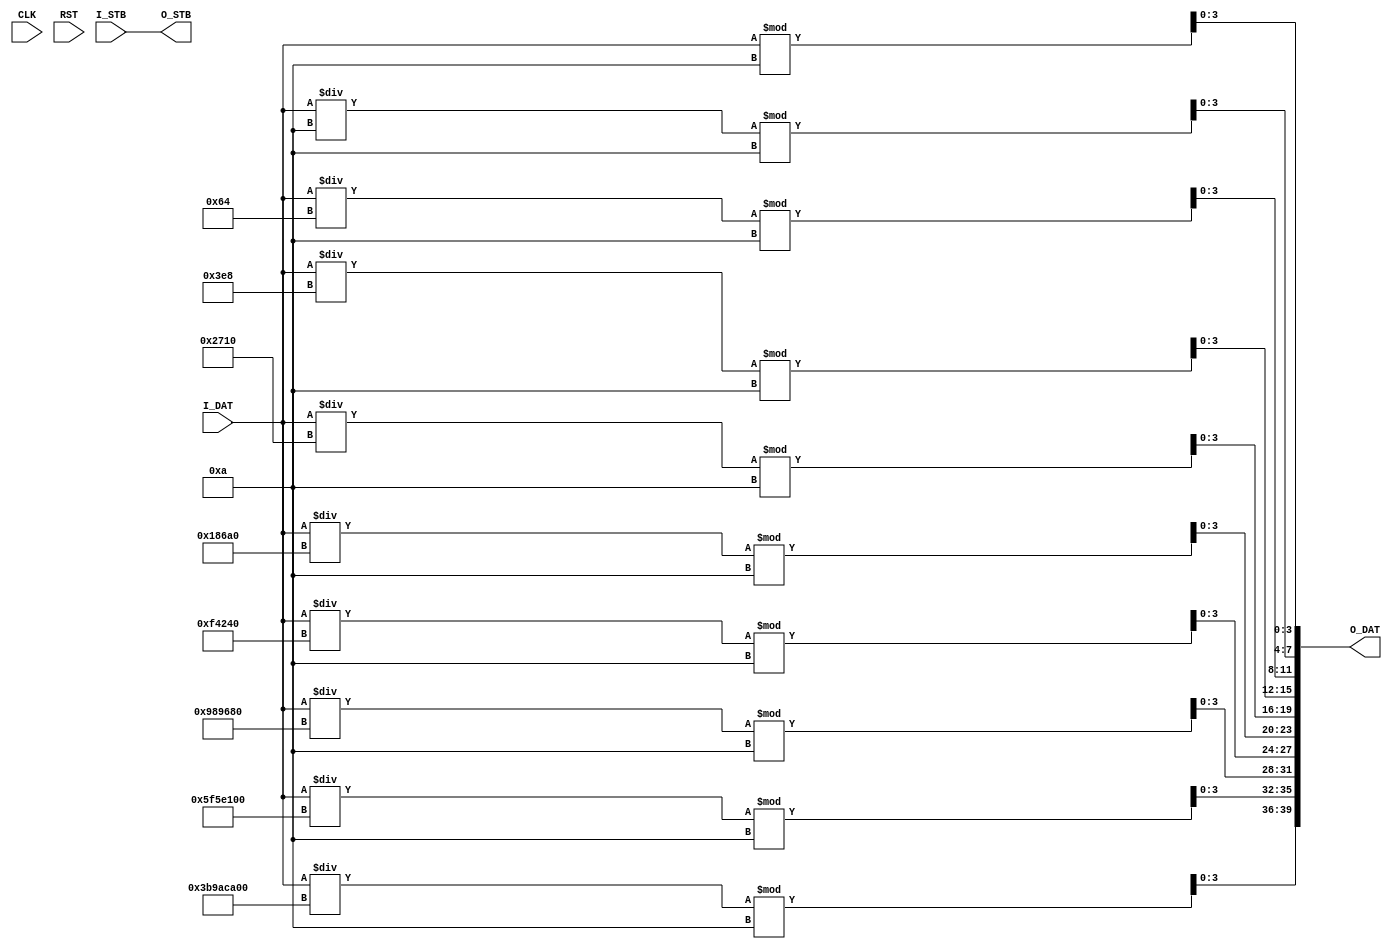
module bin_to_bcd_simple
( 
input wire CLK,
input wire RST,

input wire  [31:0] I_DAT, 
input wire         I_STB,

output wire [39:0] O_DAT, 
output wire        O_STB
);

assign O_DAT[ 3: 0] = (I_DAT)%10;
assign O_DAT[ 7: 4] = (I_DAT/10)%10;
assign O_DAT[11: 8] = (I_DAT/100)%10;
assign O_DAT[15:12] = (I_DAT/1000)%10;
assign O_DAT[19:16] = (I_DAT/10000)%10;
assign O_DAT[23:20] = (I_DAT/100000)%10;	   
assign O_DAT[27:24] = (I_DAT/1000000)%10;
assign O_DAT[31:28] = (I_DAT/10000000)%10;
assign O_DAT[35:32] = (I_DAT/100000000)%10;
assign O_DAT[39:36] = (I_DAT/1000000000)%10;

assign O_STB = I_STB;

endmodule